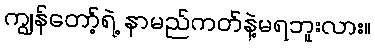
ကျွန်တော့်ရဲ့ နာမည်ကတ်နဲ့မရဘူးလား။